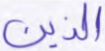
الذين